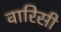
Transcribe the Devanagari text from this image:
वारिसी